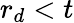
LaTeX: r_{d}<t